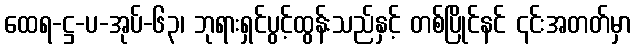
ထေရ-ဋ္ဌ-ပ-အုပ်-၆၃၊ ဘုရားရှင်ပွင့်ထွန်းသည်နှင့် တစ်ပြိုင်နင် ၎င်းအတတ်မှာ